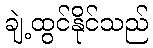
ချဲ့ထွင်နိုင်သည်